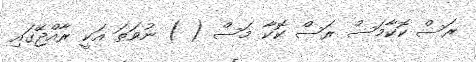
ރަސް ކޮކާމަސް ރަސް ކޮކާ މަސް ( ) ނުވަތަ އަކީ ރާއްޖޭގައި